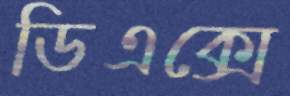
ডিএক্সে